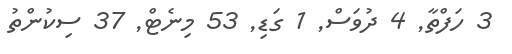
3 ހަފްތާ